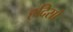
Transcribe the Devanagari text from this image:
हदिसो